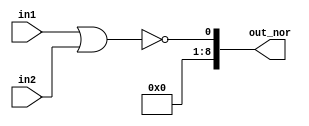
module logical_nor(in1 , in2 , out_nor);
  
  input signed [4:0]in1;
  input signed [4:0]in2;
  output signed [8:0]out_nor;
  
  assign out_nor = !(in1 || in2);
  
endmodule